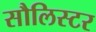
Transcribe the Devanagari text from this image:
सौलिस्टर